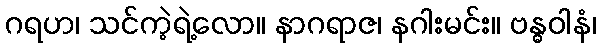
ဂရဟ၊ သင်ကဲ့ရဲ့လော။ နာဂရာဇ၊ နဂါးမင်း။ ဗန္ဓဝါနံ၊